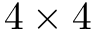
4 \times 4